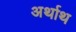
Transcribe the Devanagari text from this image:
अर्थाथ